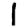
Digit: 1